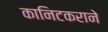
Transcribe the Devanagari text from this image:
कानिटकराने